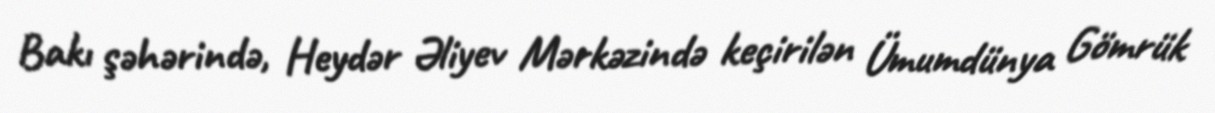
Bakı şəhərində, Heydər Əliyev Mərkəzində keçirilən Ümumdünya Gömrük